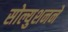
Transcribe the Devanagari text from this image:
सोल्युशनने